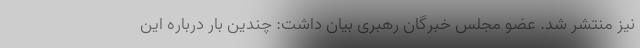
نیز منتشر شد. عضو مجلس خبرگان رهبری بیان داشت: چندین بار درباره این